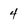
Character: 4